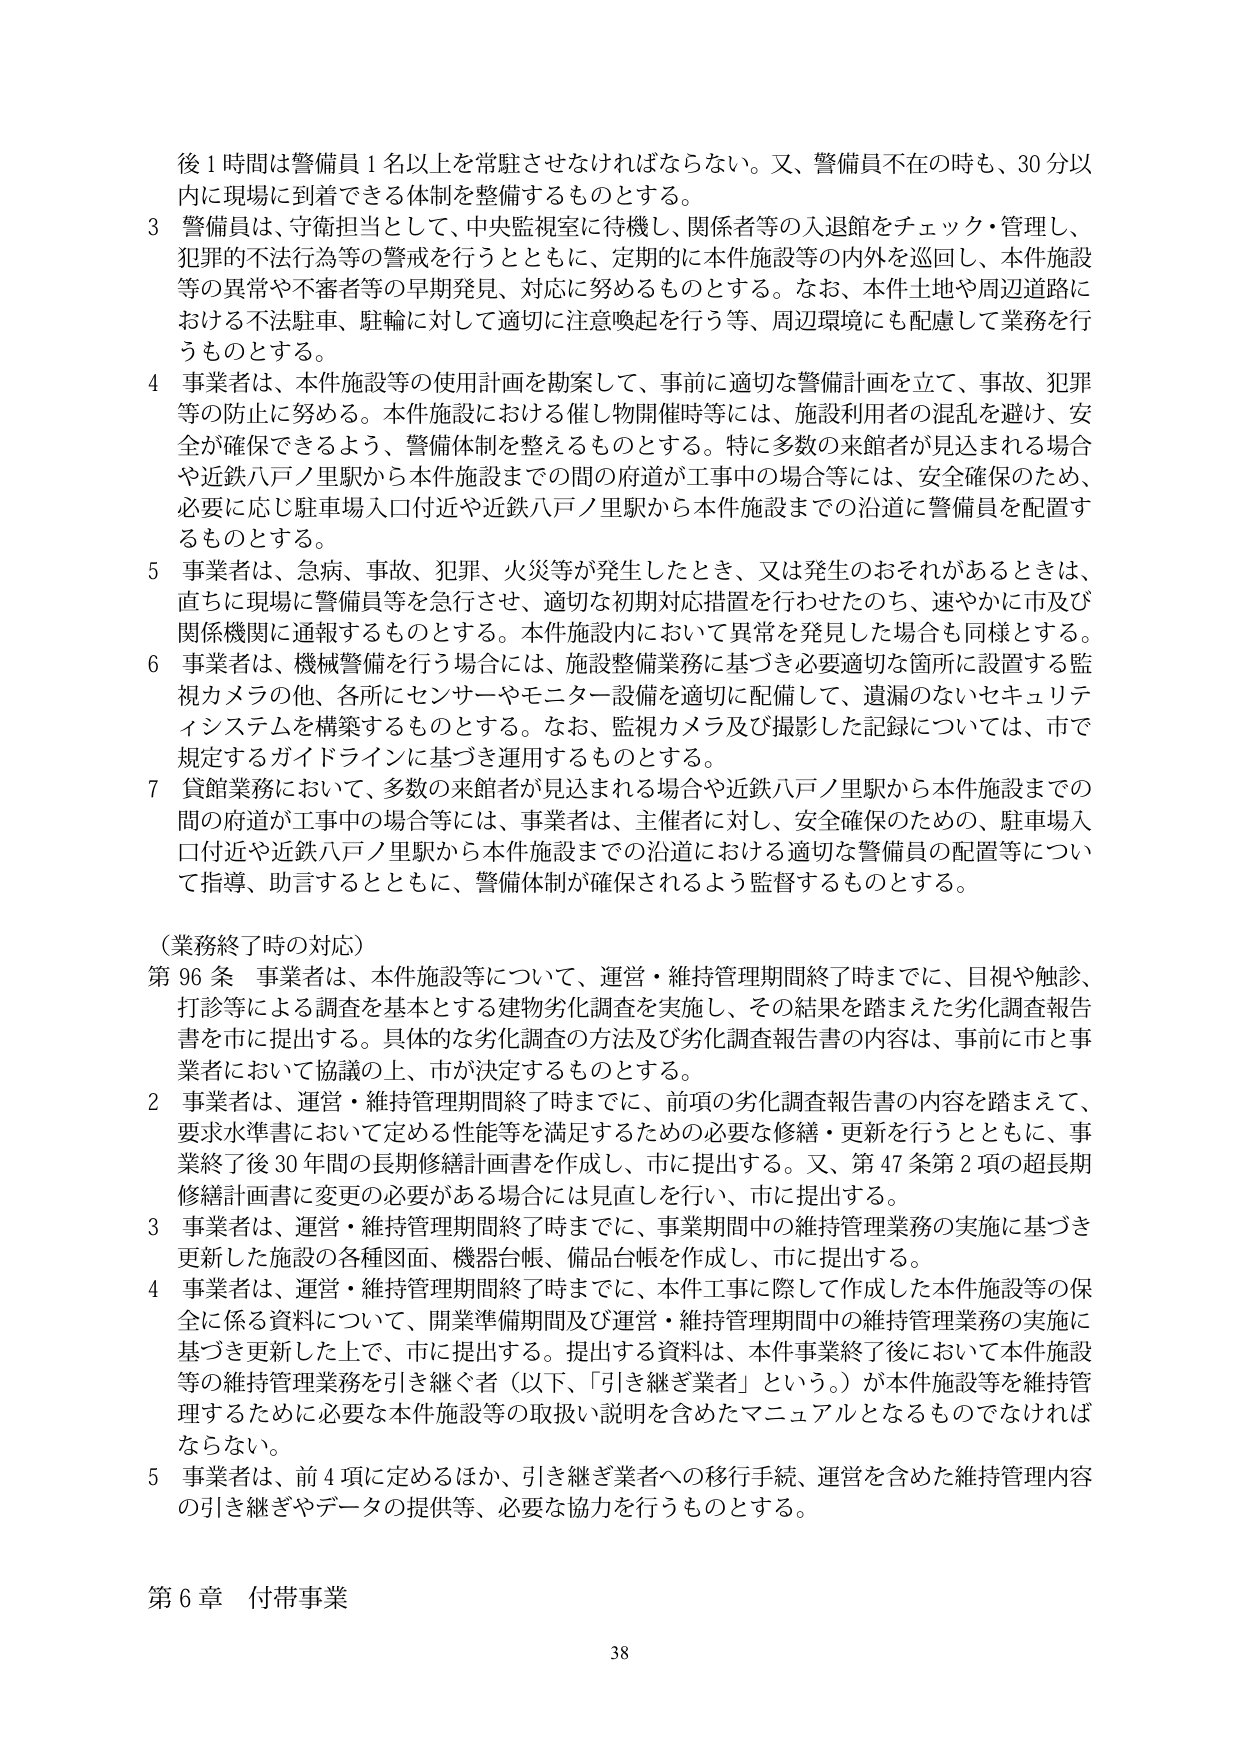
後１時間は警備員１名以上を常駐させなければならない。又、警備員不在の時も、30分以内に現場に到着できる体制を整備するものとする。

3 警備員は、守備担当として、中央監視室に待機し、関係者等の入退館をチェック・管理し、犯罪の不法行為等の警戒を行うとともに、定期的に本件施設等の内外を巡回し、本件施設等の異常や不審者等の早期発見、対応に努めるものとする。なお、本件土地や周辺道路における不法駐車、駐輪に対して適切に注意喚起を行う等、周辺環境にも配慮して業務を行うものとする。

4 事業者は、本件施設等の使用計画を勘案して、事前に適切な警備計画を立て、事故、犯罪等の防止に努める。本件施設における催し物開催時等には、施設利用者の混乱を避け、安全が確保できるよう、警備体制を整えるものとする。特に多数の来館者が見込まれる場合や近鉄八戸ノ里駅から本件施設までの間の府道が工事中の場合等には、安全確保のため、必要に応じ駐車場入口付近や近鉄八戸ノ里駅から本件施設までの沿道に警備員を配置するものとする。

5 事業者は、急病、事故、犯罪、火災等が発生したとき、又は発生のおそれがあるときは、直ちに現場に警備員等を急行させ、適切な初期対応措置を行わせたのち、速やかに市及び関係機関に通報するものとする。本件施設内において異常を発見した場合も同様とする。

6 事業者は、機械警備を行う場合には、施設整備業務に基づき必要適切な箇所に設置する監視カメラの他、各所にセンサーやモニター設備を適切に配備して、遺漏のないセキュリティシステムを構築するものとする。なお、監視カメラ及び撮影した記録については、市で規定するガイドラインに基づき運用するものとする。

7 貸館業務において、多数の来館者が見込まれる場合や近鉄八戸ノ里駅から本件施設までの間の府道が工事中の場合等には、事業者は、主催者に対し、安全確保のための、駐車場入口付近や近鉄八戸ノ里駅から本件施設までの沿道における適切な警備員の配置等について指導、助言するとともに、警備体制が確保されるよう監督するものとする。

（業務終了時の対応）

第96条 事業者は、本件施設等について、運営・維持管理期間終了時までに、目視や触診、打診等による調査を基本とする建物劣化調査を実施し、その結果を踏まえた劣化調査報告書を市に提出する。具体的な劣化調査の方法及び劣化調査報告書の内容は、事前に市と事業者において協議の上、市が決定するものとする。

2 事業者は、運営・維持管理期間終了時までに、前項の劣化調査報告書の内容を踏まえて、要求水準書において定める性能等を満足するための必要な修繕・更新を行うとともに、事業終了後30年間の長期修繕計画書を作成し、市に提出する。又、第47条第2項の超長期修繕計画書に変更の必要がある場合には見直しを行い、市に提出する。

3 事業者は、運営・維持管理期間終了時までに、事業期間中の維持管理業務の実施に基づき更新した施設の各種図面、機器台帳、備品台帳を作成し、市に提出する。

4 事業者は、運営・維持管理期間終了時までに、本件工事に際して作成した本件施設等の保全に係る資料について、開業準備期間及び運営・維持管理期間中の維持管理業務の実施に基づき更新した上で、市に提出する。提出する資料は、本件事業終了後において本件施設等の維持管理業務を引き継ぐ者（以下、「引き継ぎ業者」という。）が本件施設等を維持管理するために必要な本件施設等の取扱い説明を含めたマニュアルとなるものでなければならない。

5 事業者は、前4項に定めるほか、引き継ぎ業者への移行手続、運営を含めた維持管理内容の引き継ぎやデータの提供等、必要な協力を行うものとする。

第6章 付帯事業

38